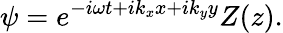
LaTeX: \psi=e^{-i\omega t+ik_{x}x+ik_{y}y}Z(z).